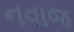
નવાજ